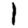
Digit: 1